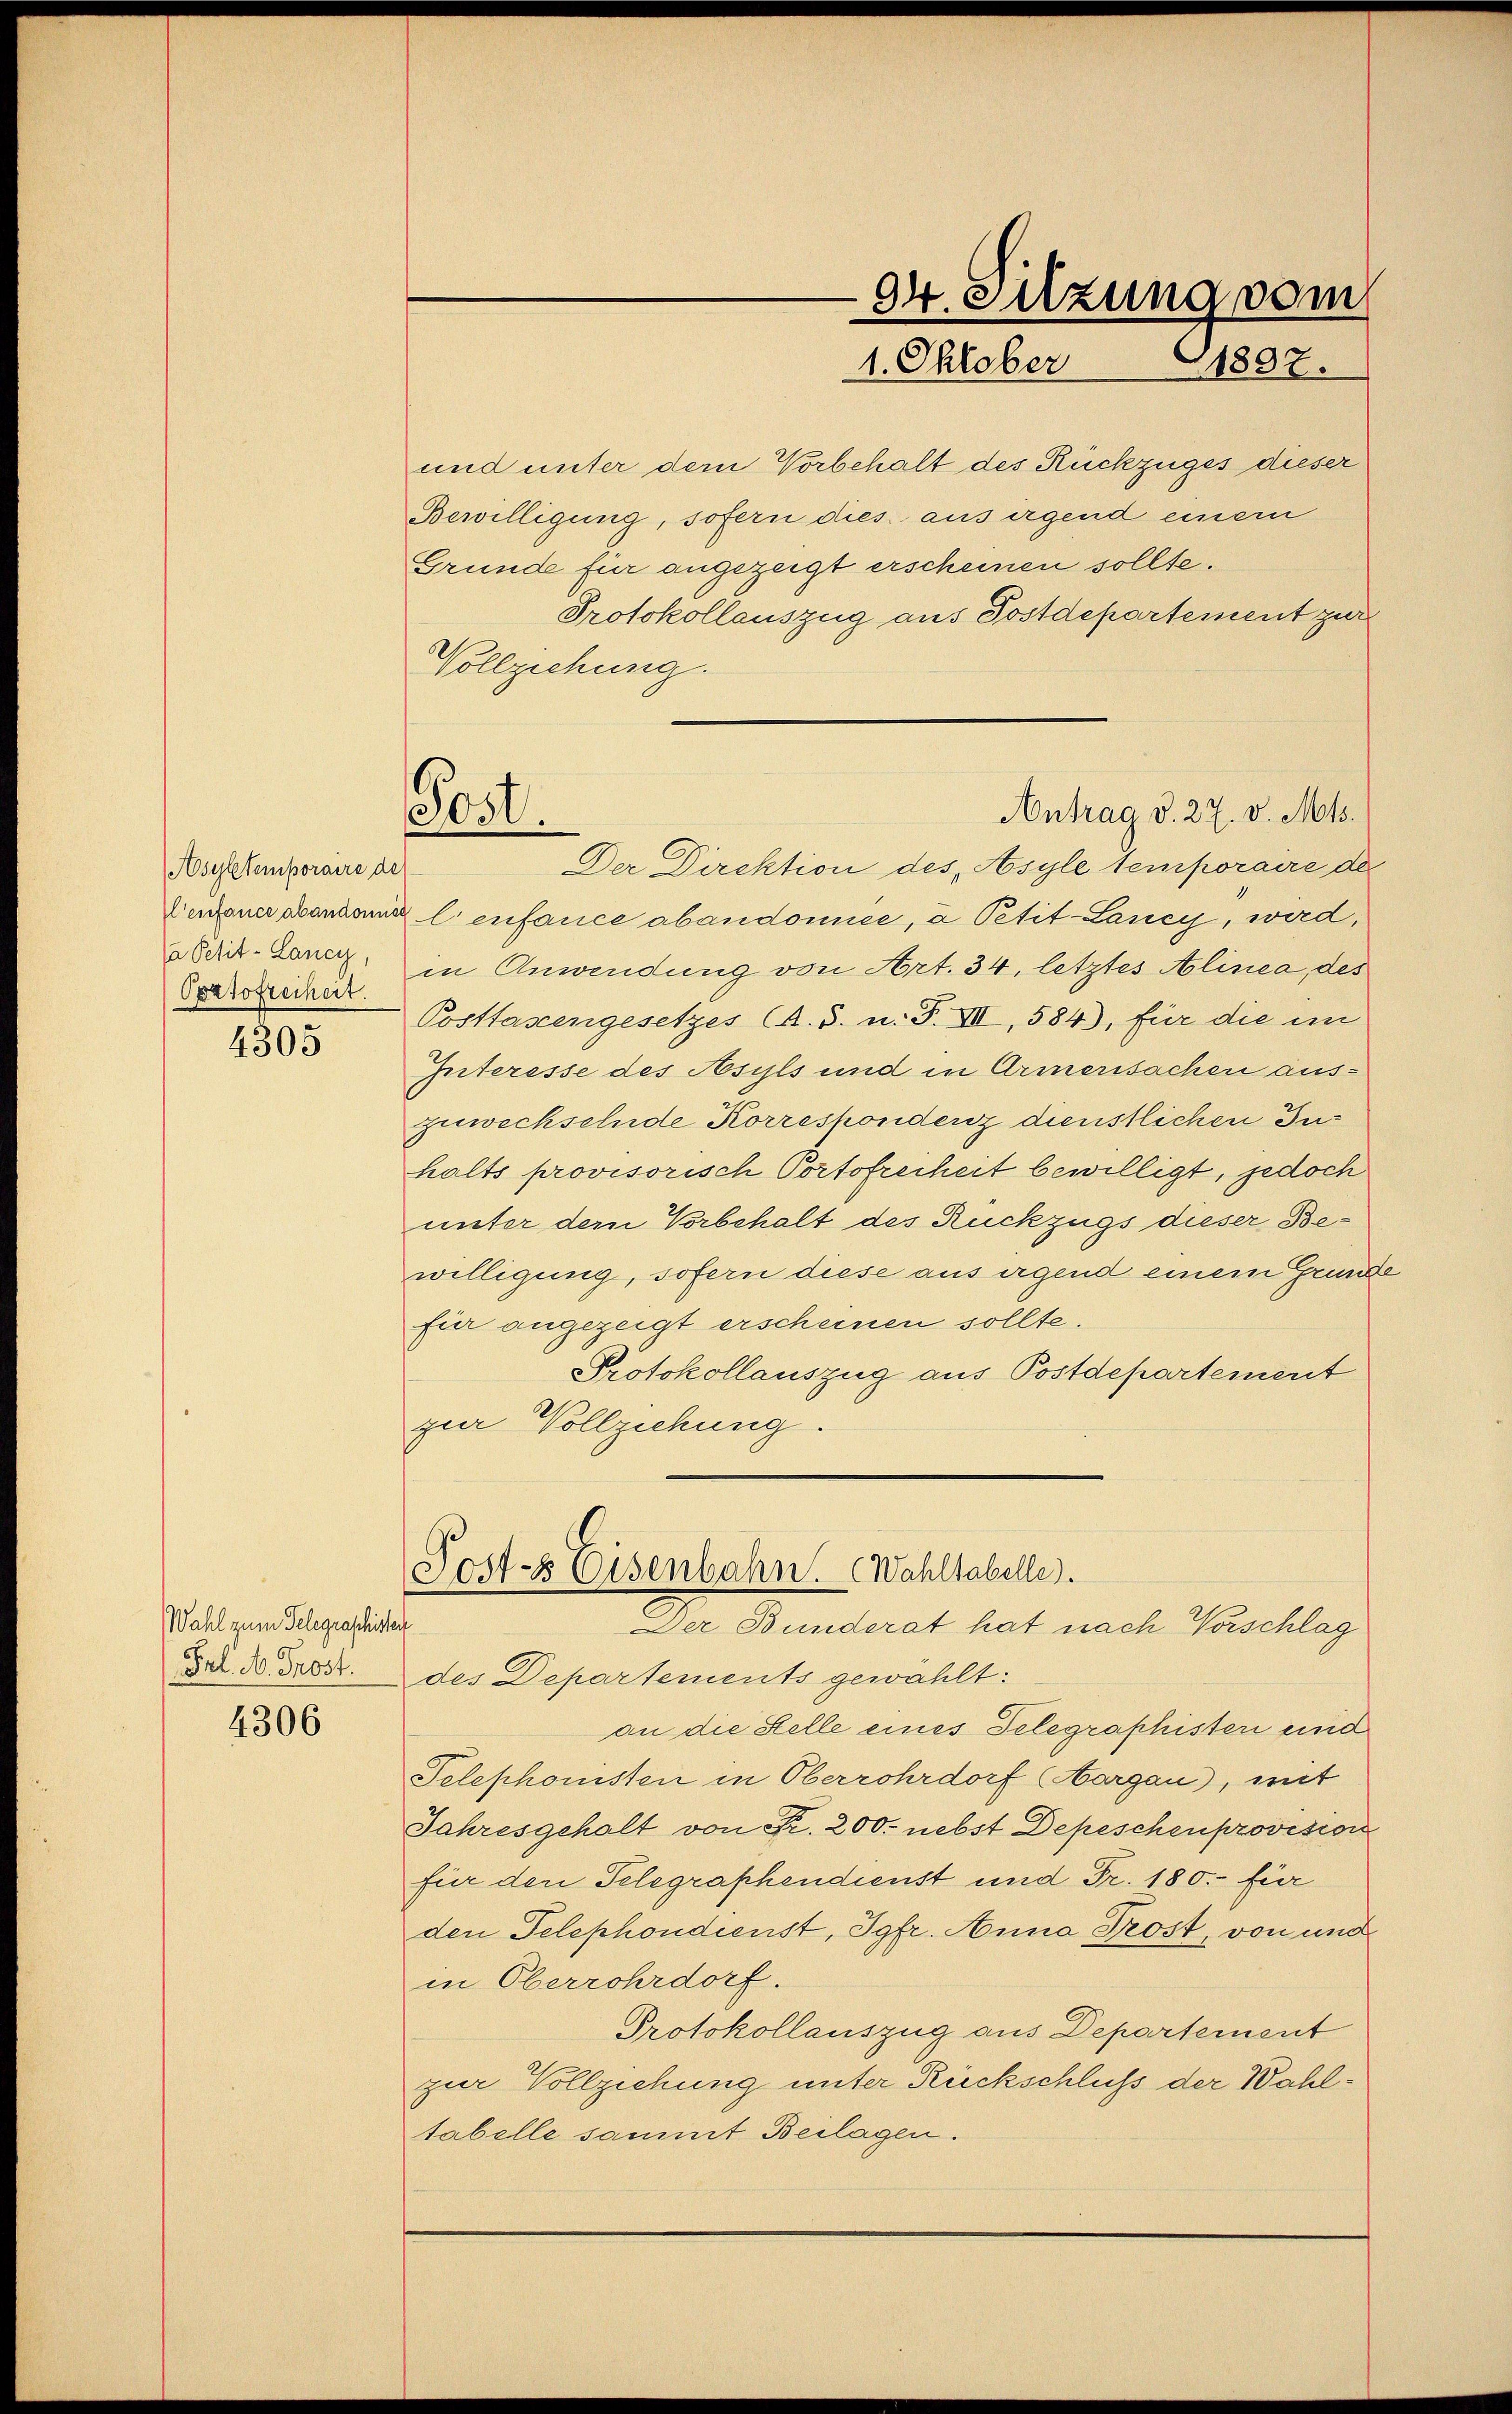
Asystemporaire de
a Petit-Lancy,
Portofreiheit.

4305

Wahl zum Telegraschichter
Frl. M. Trost.

4306

O4. Sitzung vom
1897.
1. Oktober

Post.
Antrag d. 27. v. Mts.
Der Direktion des Asyle temporaire de

und unter dem Vorbehalt des Rückzuges dieser
Bewilligung, sofern dies aus irgend einer
Gründe für angezeigt erscheinen sollte.
Protokollauszug aus Postdepartement zur
Vollziehung.
Verganerkantone l’enfance abandomice, à Petit-Laney, wird,
in Anwendung von Art. 34, letztes Alinea, des
Posttassengesetzes (A. S. n. F. VII, 584), für die im
Interesse des Asyls und in Armensachen auszuwechselnde Korrespondenz dienstlichen Juhalts provisorisch Portofreiheit bewilligt, jedoch
unter dem Vorbehalt des Rückzugs dieser Bewilligung, sofern diese aus irgend einem Grund
für angezeigt erscheinen sollte.
Protokollauszug aus Postdepartement
zur Vollziehung
Post-s Eisenbahn. Wahltabelle.
f
Der Bunderat hat nach Vorschlag
des Departements gewählt:
an die Stelle eines Delegraphister eind
Telephonisten in Oberrohrdorf (Aargau), mit
Jahresgehalt von Fr. 200. nebst Depeschenprovision
für den Telegraphendienst und Fr. 180.- für
den Telephondienst, Jgfr. Anna Trost, von und
in Oberrohrdorf.
Protokollauszug aus Departement
zur Vollziehung unter Rückschluß der Wahltabelle sammt Beilagen.